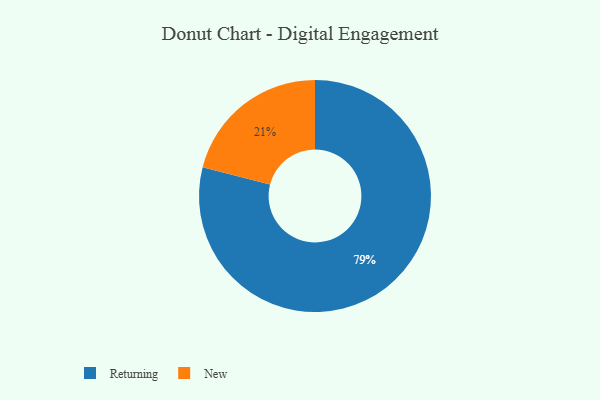
{"axis": {"x": "Category", "y": "Percentage"}, "legend": ["New", "Returning"], "data": [{"x": "New", "y": 21, "type": "New"}, {"x": "Returning", "y": 79, "type": "Returning"}]}